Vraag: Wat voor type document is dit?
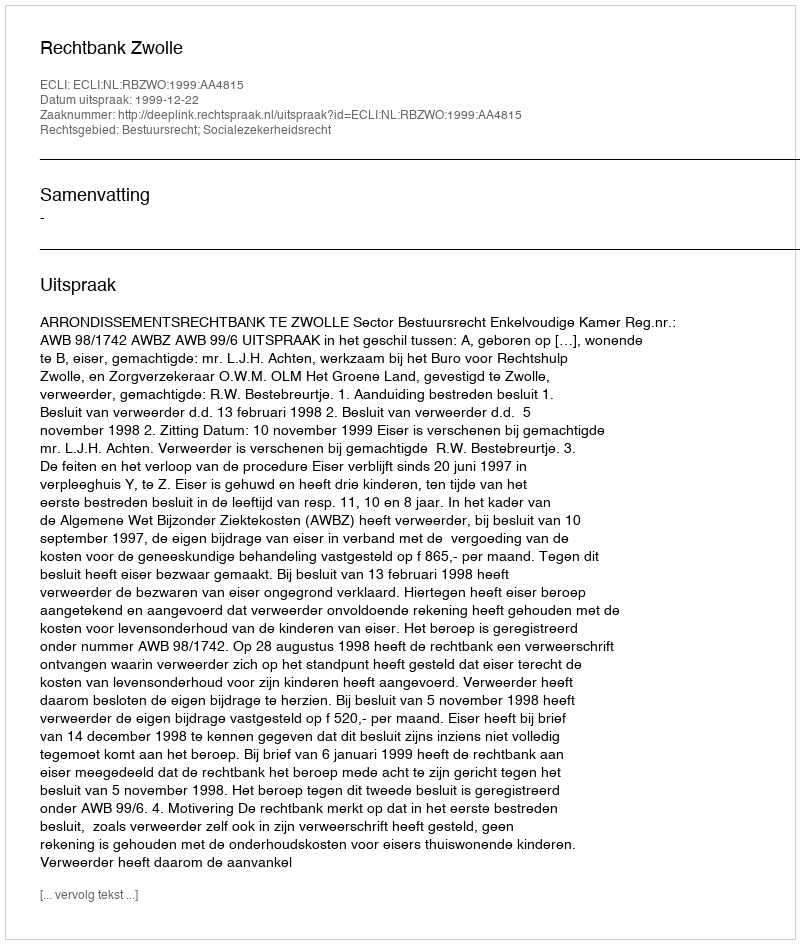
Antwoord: Uitspraak